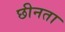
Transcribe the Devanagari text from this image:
छीनता